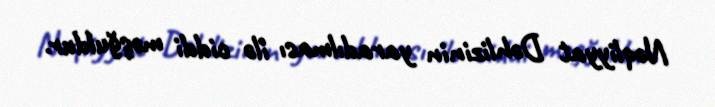
Nəqliyyat Dəhlizinin yaradılması ilə ciddi məşğuldur.